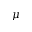
\mu